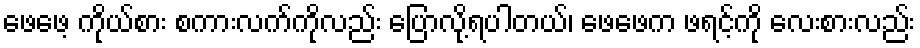
ဖေဖေ့ ကိုယ်စား စကားလက်ကိုလည်း ပြောလို့ရပါတယ်၊ ဖေဖေက ဖရင့်ကို လေးစားလည်း